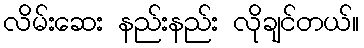
လိမ်းဆေး နည်းနည်း လိုချင်တယ်။